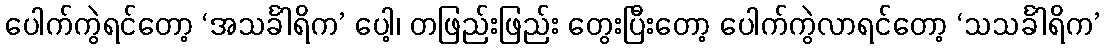
ပေါက်ကွဲရင်တော့ ‘အသင်္ခါရိက’ ပေါ့၊ တဖြည်းဖြည်း တွေးပြီးတော့ ပေါက်ကွဲလာရင်တော့ ‘သသင်္ခါရိက’